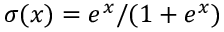
\sigma ( x ) = e ^ { x } / ( 1 + e ^ { x } )